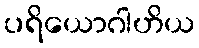
ပရိယောဂါဟိယ